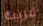
قريبه